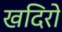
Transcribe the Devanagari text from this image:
खदिरो